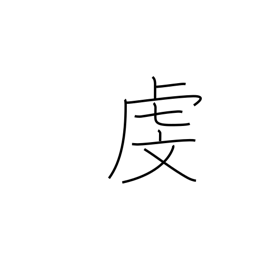
Meaning: respect